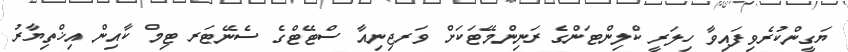
ޔަގީންކުރެވިފައިވާ ހިލަރީ ކްލިންޓަންގެ ރަނިންމޭޓަކަށް ވަރޖިނިއާ ސްޓޭޓްގެ ސެނޭޓަރ ޓިމް ކާއިން އިޚްތިޔާރު